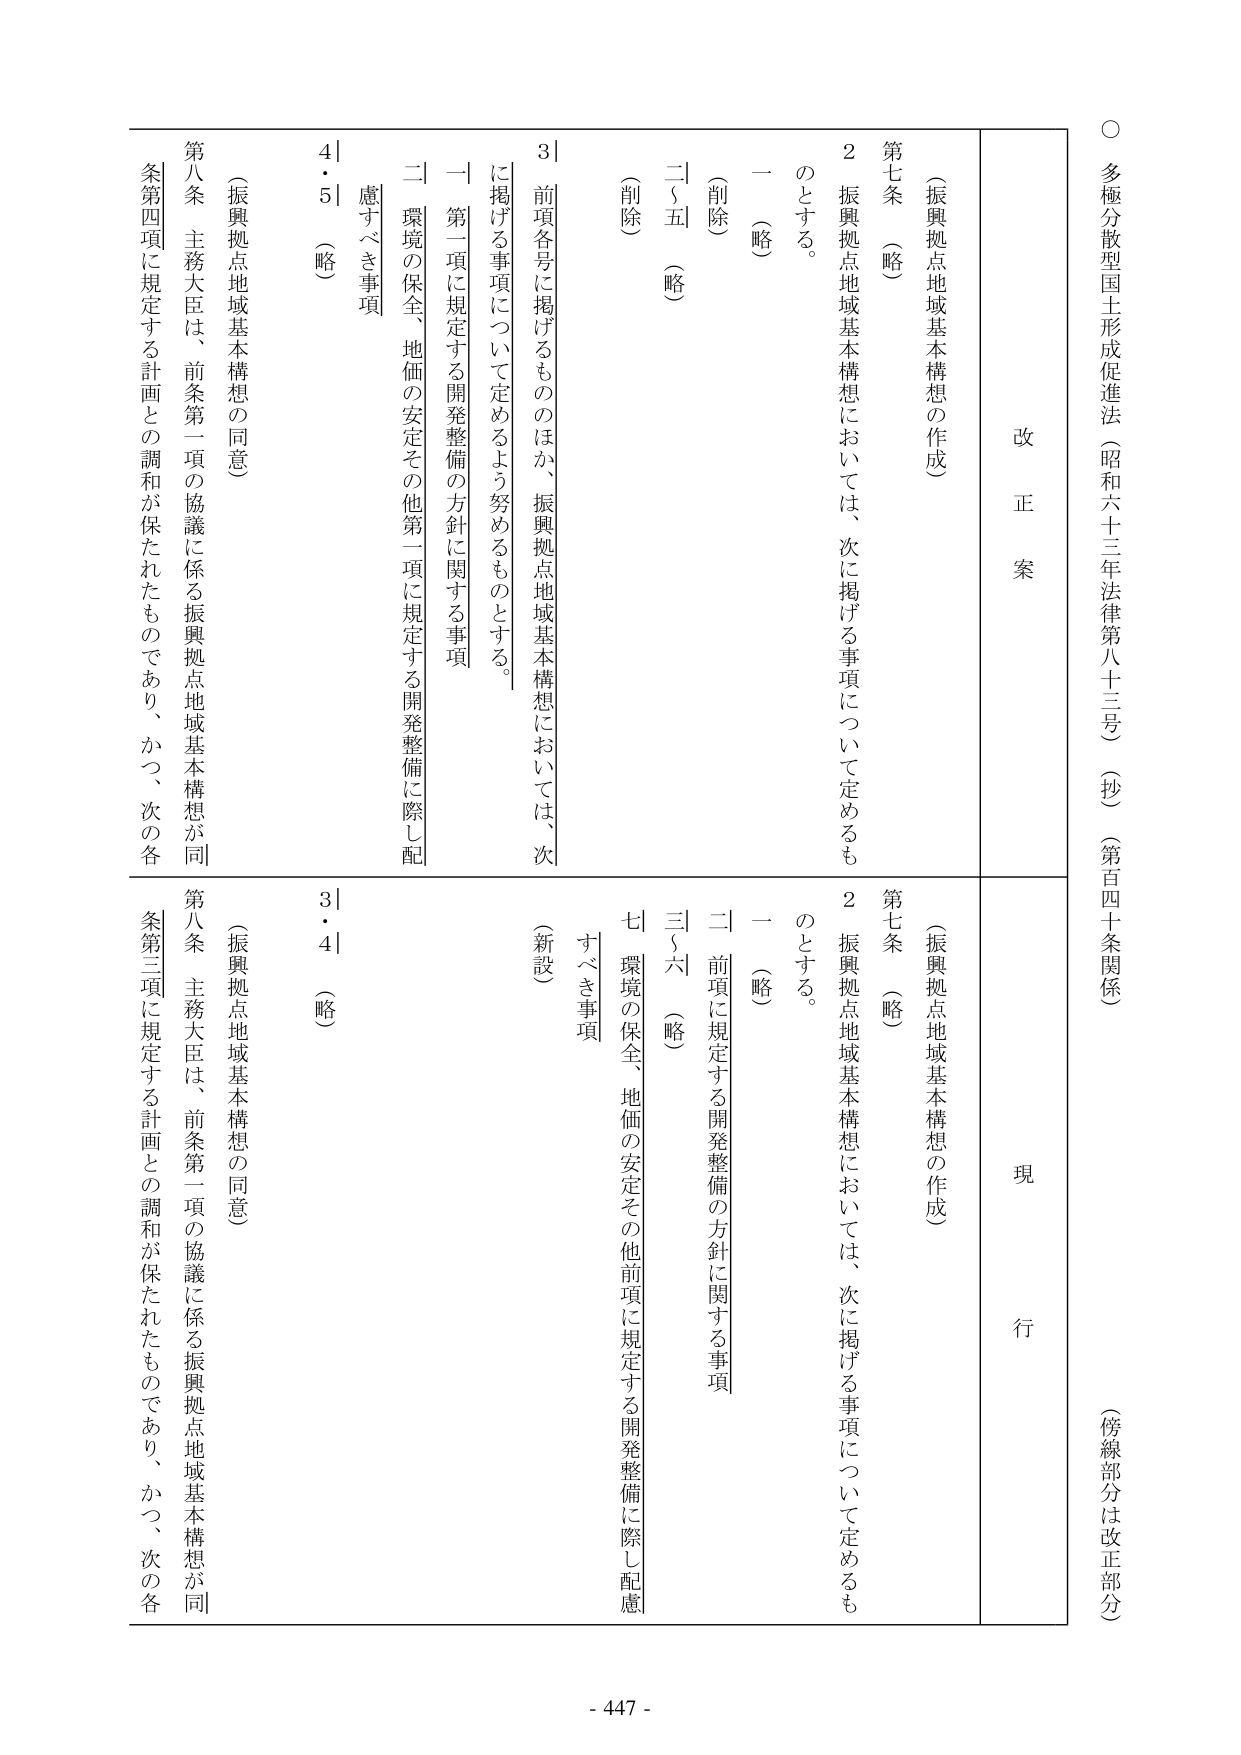
○ 多極分散型国土形成促進法（昭和六十三年法律第八十三号）（抄）（第百四十条関係）
（傍線部分は改正部分）

改正案
現行

（振興拠点地域基本構想の作成）
第七条 （略）
　２ 振興拠点地域基本構想においては、次に掲げる事項について定めるものとする。
　　一 （略）
　　二 （削除）（略）
　　三 （削除）（略）
　　四 （削除）（略）
　　五 （削除）（略）
　　六 （削除）（略）
　　七 （新設）
　　　環境の保全、地価の安定その他前項に規定する開発整備に際し配慮すべき事項

（振興拠点地域基本構想の作成）
第七条 （略）
　２ 振興拠点地域基本構想においては、次に掲げる事項について定めるものとする。
　　一 （略）
　　二 前項に規定する開発整備の方針に関する事項
　　三 （略）
　　四 （略）
　　五 （略）
　　六 （略）
　　七 環境の保全、地価の安定その他前項に規定する開発整備に際し配慮すべき事項

（振興拠点地域基本構想の同意）
第八条 主務大臣は、前条第一項の協議に係る振興拠点地域基本構想が同条第四項に規定する計画との調和が保たれたものであり、かつ、次の各
　　4｜5 （略）

（振興拠点地域基本構想の同意）
第八条 主務大臣は、前条第一項の協議に係る振興拠点地域基本構想が同条第三項に規定する計画との調和が保たれたものであり、かつ、次の各
　　3｜4 （略）

- 447 -